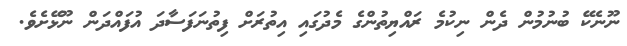
ނޫނެކޭ ބުނުމުން ދެން ނިކުމެ ރައްޔިތުންގެ މެދުގައި އިތުރަށް ފިތުނަފަސާދަ އުފައްދަން ނޫޅޭށެވެ.